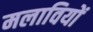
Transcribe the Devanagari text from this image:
मलावियों